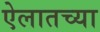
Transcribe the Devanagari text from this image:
ऐलातच्या